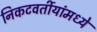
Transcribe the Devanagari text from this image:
निकटवर्तीयांमध्ये